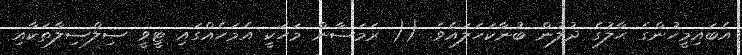
އެބައިމީހުންގެ ޙާލުގެ ދުލުން ބުނާކަހަލައެވެ. (( ރަމަޟާން މަހަކީ އެމަހެއްގައި ޓީވީ ސިލްސިލާތަކާއި